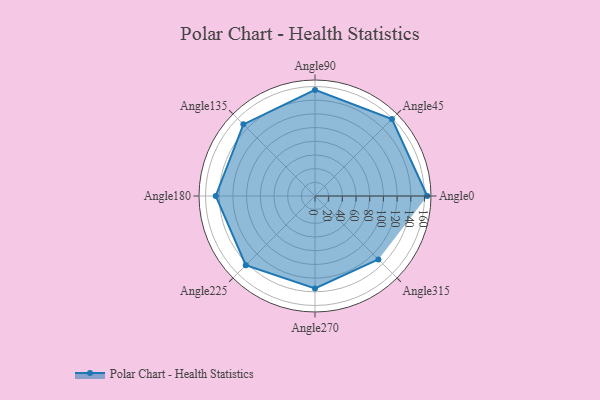
{"axis": {"x": "Angle", "y": "Radius"}, "legend": [""], "data": [{"x": "Angle0", "y": 164.0, "type": ""}, {"x": "Angle45", "y": 159.0, "type": ""}, {"x": "Angle90", "y": 155.0, "type": ""}, {"x": "Angle135", "y": 148.0, "type": ""}, {"x": "Angle180", "y": 145.0, "type": ""}, {"x": "Angle225", "y": 143.0, "type": ""}, {"x": "Angle270", "y": 135.0, "type": ""}, {"x": "Angle315", "y": 131.0, "type": ""}]}